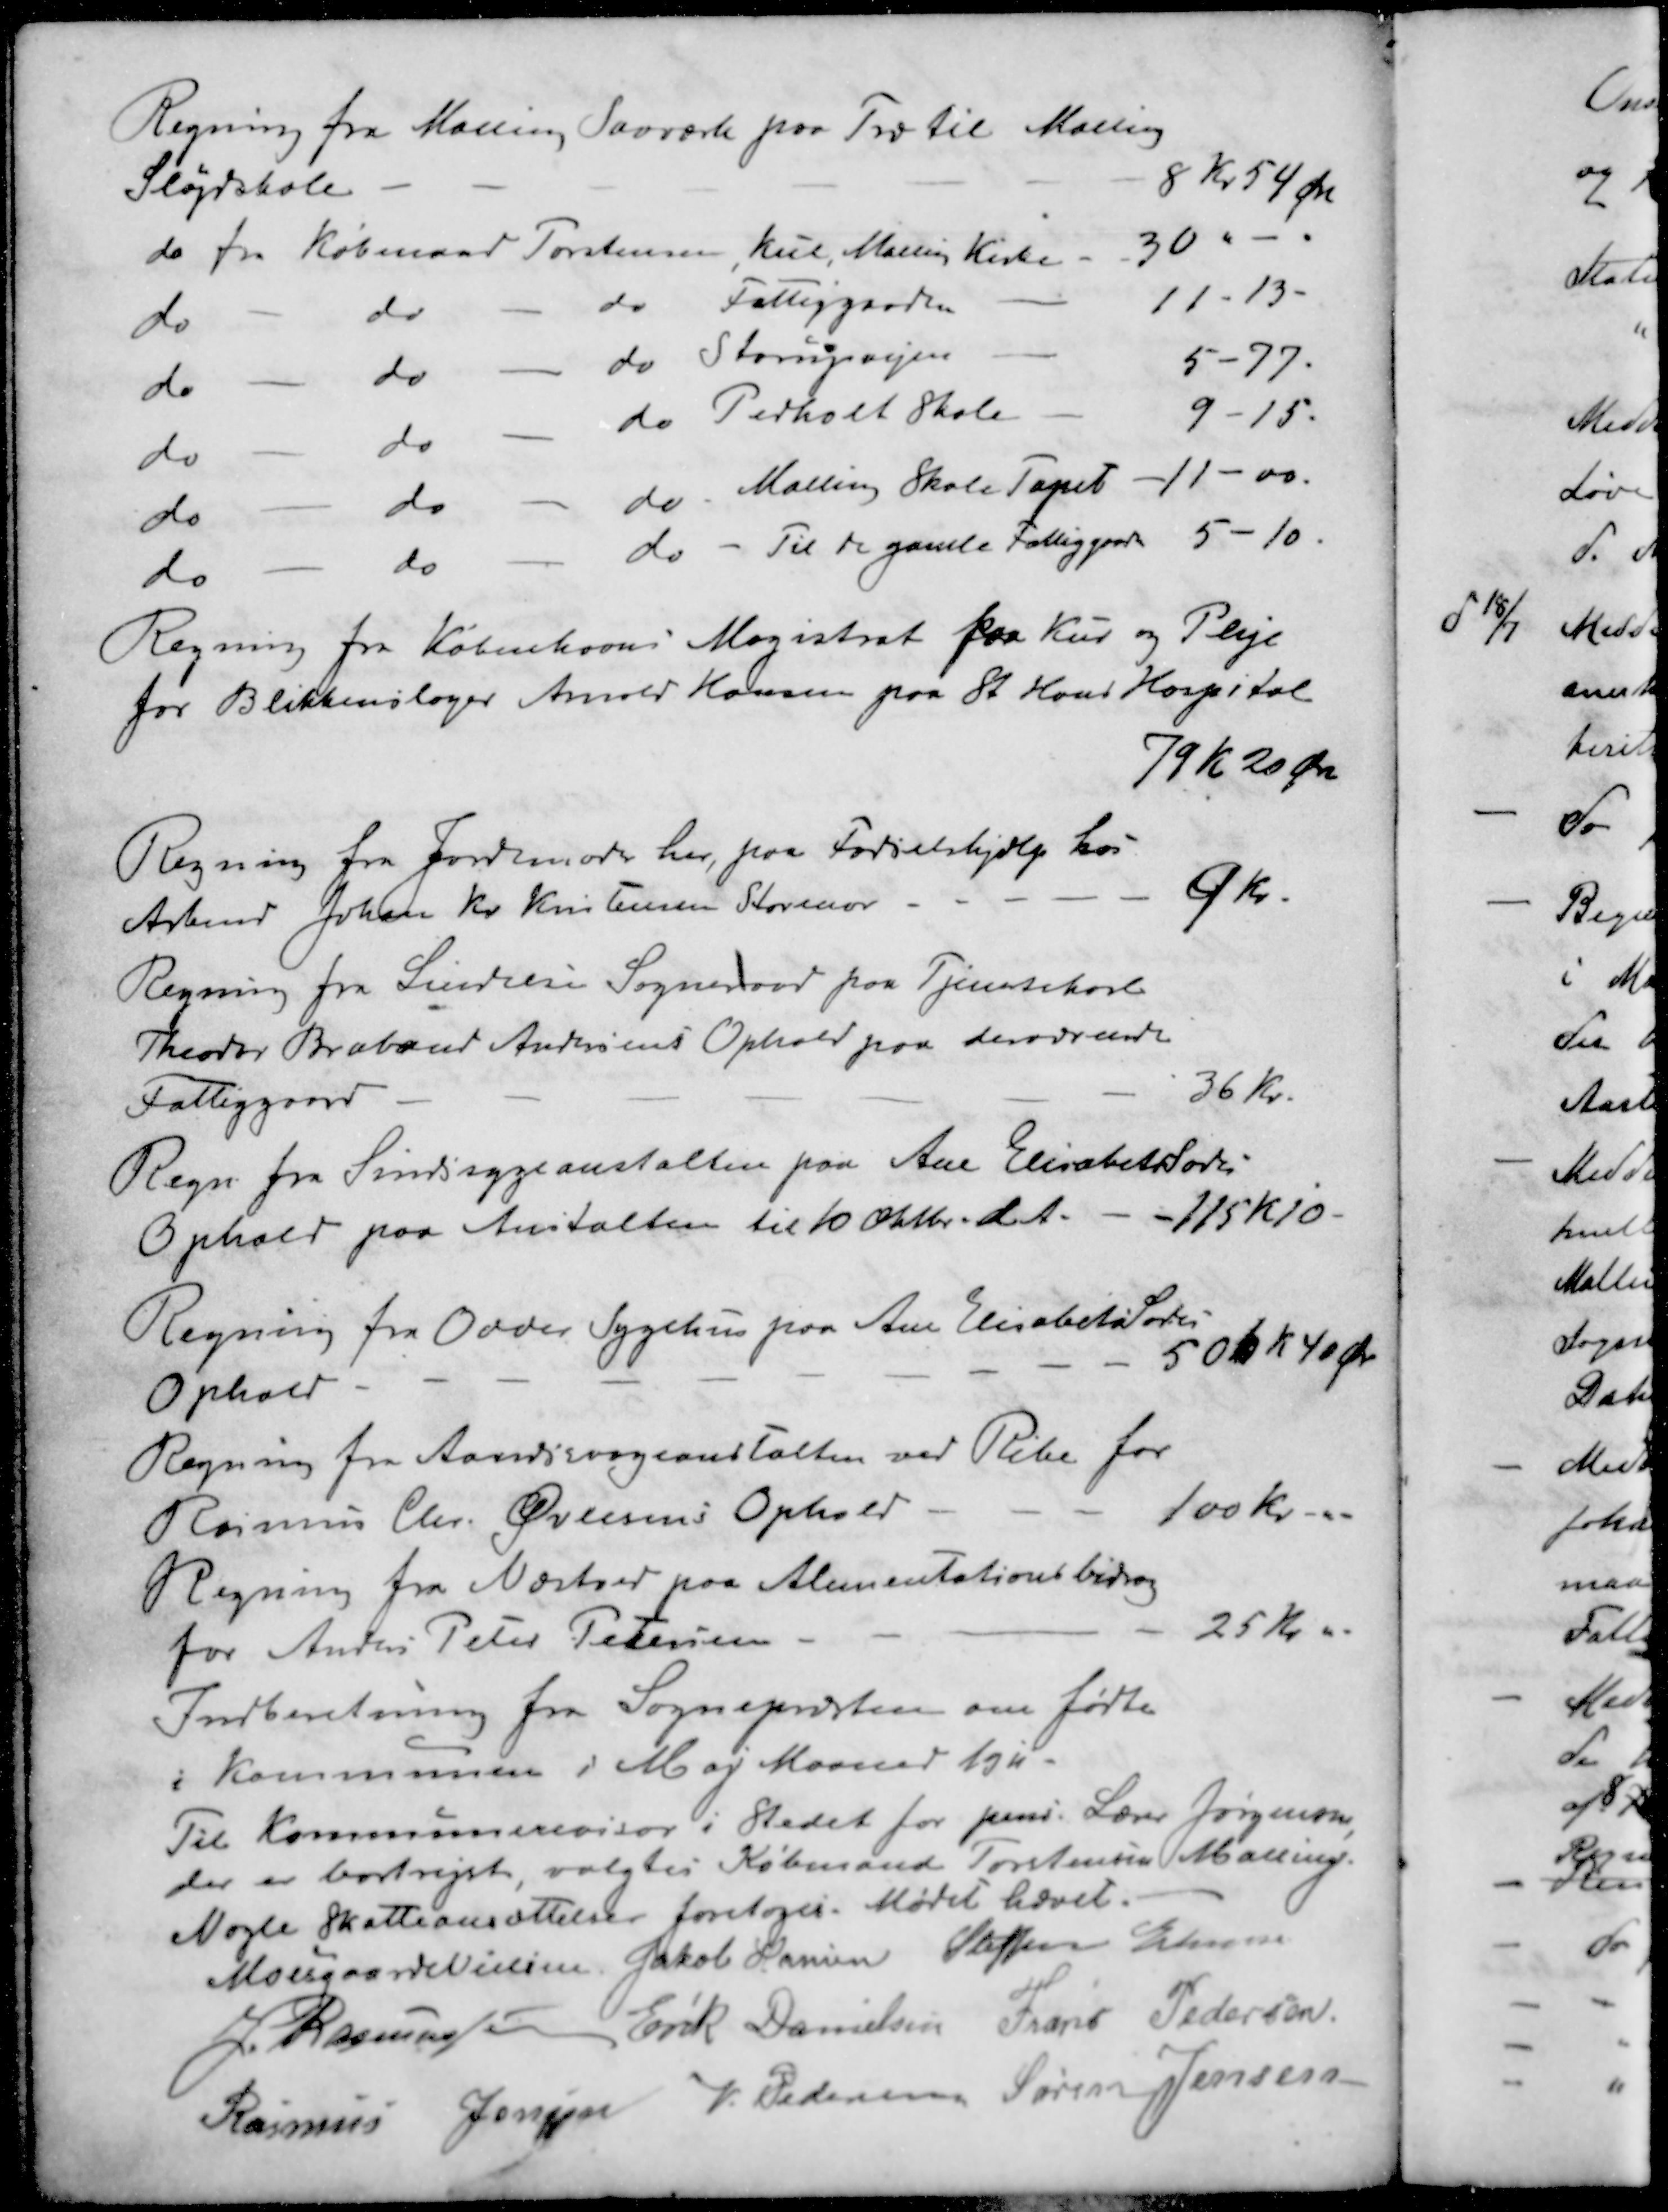
Transskription:
Regning fra Malling Savværk paa Træ til Malling
Sløjdskole
8 Kr 54 Øre
do fra Købmand Torstensen, Kul, Malling Kirke
30 "
do - do - do Fattiggaarden
11-13.
do - do - do Starupvejen
5-77.
do - do - do Pedholt Skole
9-15.
do - do - do Malling Skole Tapet 
11 - 00
do - do - do - Til de gamle Fattiggaard
5-10.
Regning fra Københavns Magistrat paa Kur og Pleje
for Blikkenslager Anold Hansen paa St. Hans Hospital
79 Kr. 20 Øre
Regning fra Jordsmoder her paa Fødselshjælp hos
Arbmd Johan Kr. Kristensen Storenor
9 Kr.
Regning fra Lindelse Sogneraad paa Tjenestekarl
Theodor Brabaud Andersens Ophold paa derværende
Fattiggaard
36 Kr.
Regn fra Sindssygeanstalten paa Ane Elisabeth Sode
Ophold paa Anstalten til 10 Oktbr. d. A. - - 115 Kr 10
Regning fra Odder Sygehus paa Ane Elisabets Sods
Ophold -
506 Kr 40 Øre
Regning fra Aandssvageanstalten ved Ribe for
Rasmus Chr. Ølisens Ophold -
100 kr.
Regning fra Næstved paa Alimentationsbidrag
for Anders Peter Petersen
25 Kr.
Indberetning fra Sognepræsten om fødte
i Kommunen i Maj Maaned 1911.
Til Kommunerevisor i Stedet for pens. Lærer Jørgensen,
der er bortrejst, valgtes Købmand Torstensen Malling.
Nogle Skatteansættelser foretoges. Mødet hævet.
Moesgaard Nielsen
Jakob Hansen
Steffen Elmose
J Rasmussen
Erik Danielsen
Frans Pedersen
Rasmus Jensen
V Pedersen
Søren Jensen